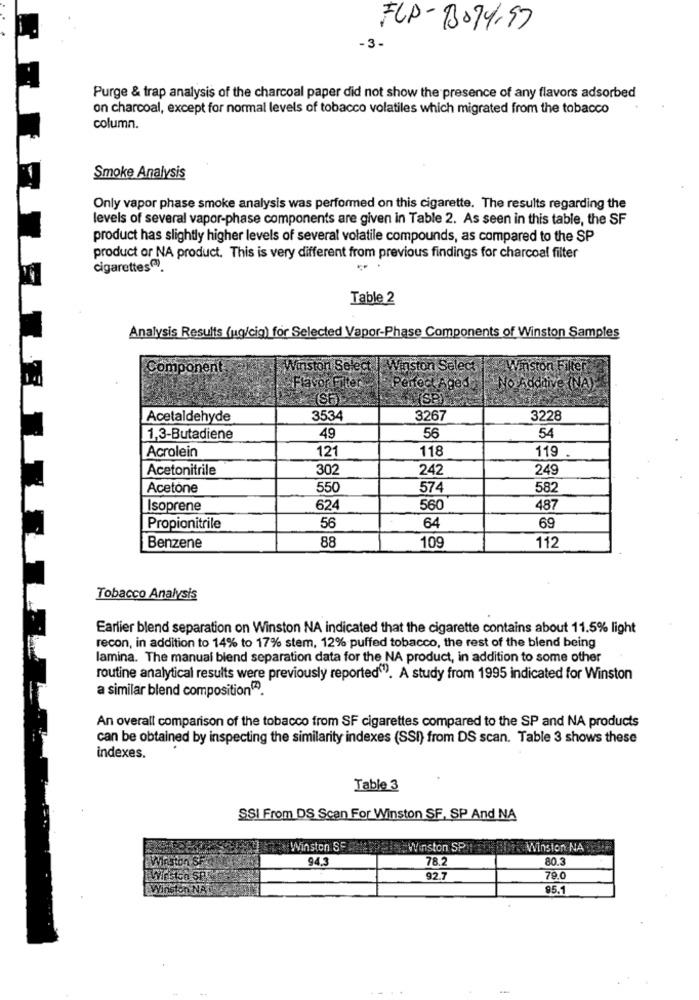
FCP -3074,97
-3 -
Purge & trap analysis of the charcoal paper did not show the presence of any flavors adsorbed
on charcoal, except for normal levels of tobacco volatiles which migrated from the tobacco
column.
Smoke Analysis
Only vapor phase smoke analysis was performed on this cigarette. The results regarding the
levels of several vapor-phase components are given in Table 2. As seen in this table, the SF
product has slightly higher levels of several volatile compounds, as compared to the SP
product or NA product. This is very different from previous findings for charcoal filter
cigarettes®).
Table 2
Analysis Results (ug/cig) for Selected Vapor-Phase Components of Winston Samples
Component
Winston Select || Winston Select
Winston Filter
Flavor Filter
Perfect Aged
No Addaive (NA)
Acetaldehyde
3534
3267
3228
54
1,3-Butadiene
49
56
Acrolein
121
118
119
Acetonitrile
302
242
249
Acetone
550
574
582
Isoprene
624
560
487
56
Propionitrile
64
69
Benzene
88
112
Tobacco Analysis
Earlier blend separation on Winston NA indicated that the cigarette contains about 11.5% light
recon, in addition to 14% to 17% stem, 12% puffed tobacco, the rest of the blend being
lamina. The manual blend separation data for the NA product, in addition to some other
routine analytical results were previously reported""). A study from 1995 indicated for Winston
a similar blend composition(".
An overall comparison of the tobacco from SF cigarettes compared to the SP and NA products
can be obtained by inspecting the similarity indexes (SSI) from DS scan. Table 3 shows these
indexes.
Table 3
SSI From DS Scan For Winston SF, SP And NA
Winston SE
Winston SP
Winston NA
WILton SF
94.3
78.2
80.3
92.7
79.0
win
95.1